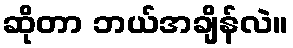
ဆိုတာ ဘယ်အချိန်လဲ။